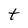
Character: t